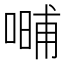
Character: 𱔇